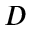
_ { D }